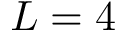
L = 4